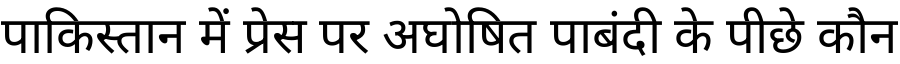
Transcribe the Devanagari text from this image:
पाकिस्तान में प्रेस पर अघोषित पाबंदी के पीछे कौन